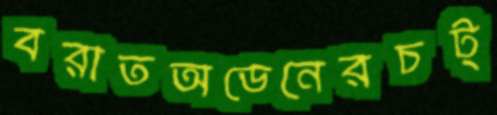
বরাতঅডেনেরচট্‌